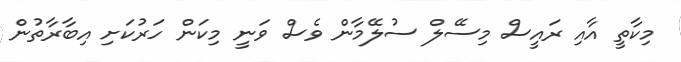
މިކާތީ އާއި ރައީސް މިސޭލް ސުލޭމާން ވެސް ވަނީ މިކަން ހަރުކަށި އިބާރާތުން